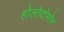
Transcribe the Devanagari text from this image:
होलोदोमोर